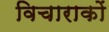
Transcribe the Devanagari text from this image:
विचाराकों